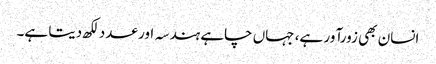
انسان بھی زورآور ہے، جہاں چاہے ہندسہ اور عدد لکھ دیتا ہے۔